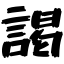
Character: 謁